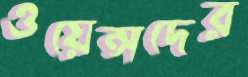
ওয়েন্সদের